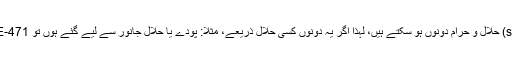
اور اُن کا سورس (source) حلال و حرام دونوں ہو سکتے ہیں، لہذا اگر یہ دونوں کسی حلال ذریعے، مثلاً: پودے یا حلال جانور سے لیے گئے ہوں تو E-471 بھی حلال ہے ورنہ نہیں۔